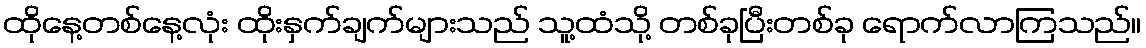
ထိုနေ့တစ်နေ့လုံး ထိုးနှက်ချက်များသည် သူ့ထံသို့ တစ်ခုပြီးတစ်ခု ရောက်လာကြသည်။